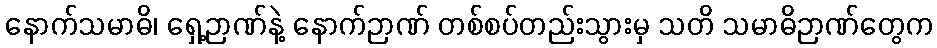
နောက်သမာဓိ၊ ရှေ့ဉာဏ်နဲ့ နောက်ဉာဏ် တစ်စပ်တည်းသွားမှ သတိ သမာဓိဉာဏ်တွေက